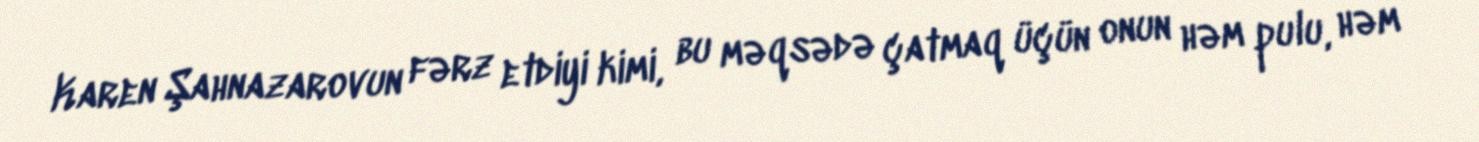
Karen Şahnazarovun fərz etdiyi kimi, bu məqsədə çatmaq üçün onun həm pulu, həm